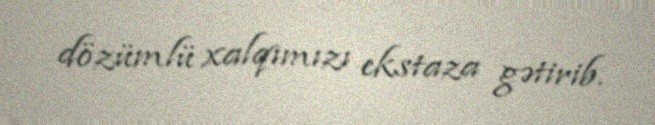
dözümlü xalqımızı ekstaza gətirib.